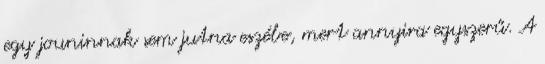
egy jouninnak sem jutna eszébe, mert annyira egyszerű. A